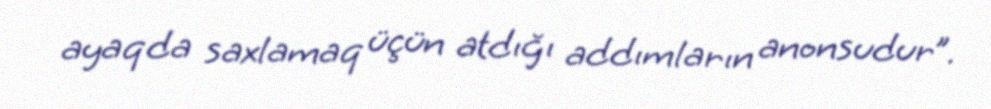
ayaqda saxlamaq üçün atdığı addımların anonsudur”.